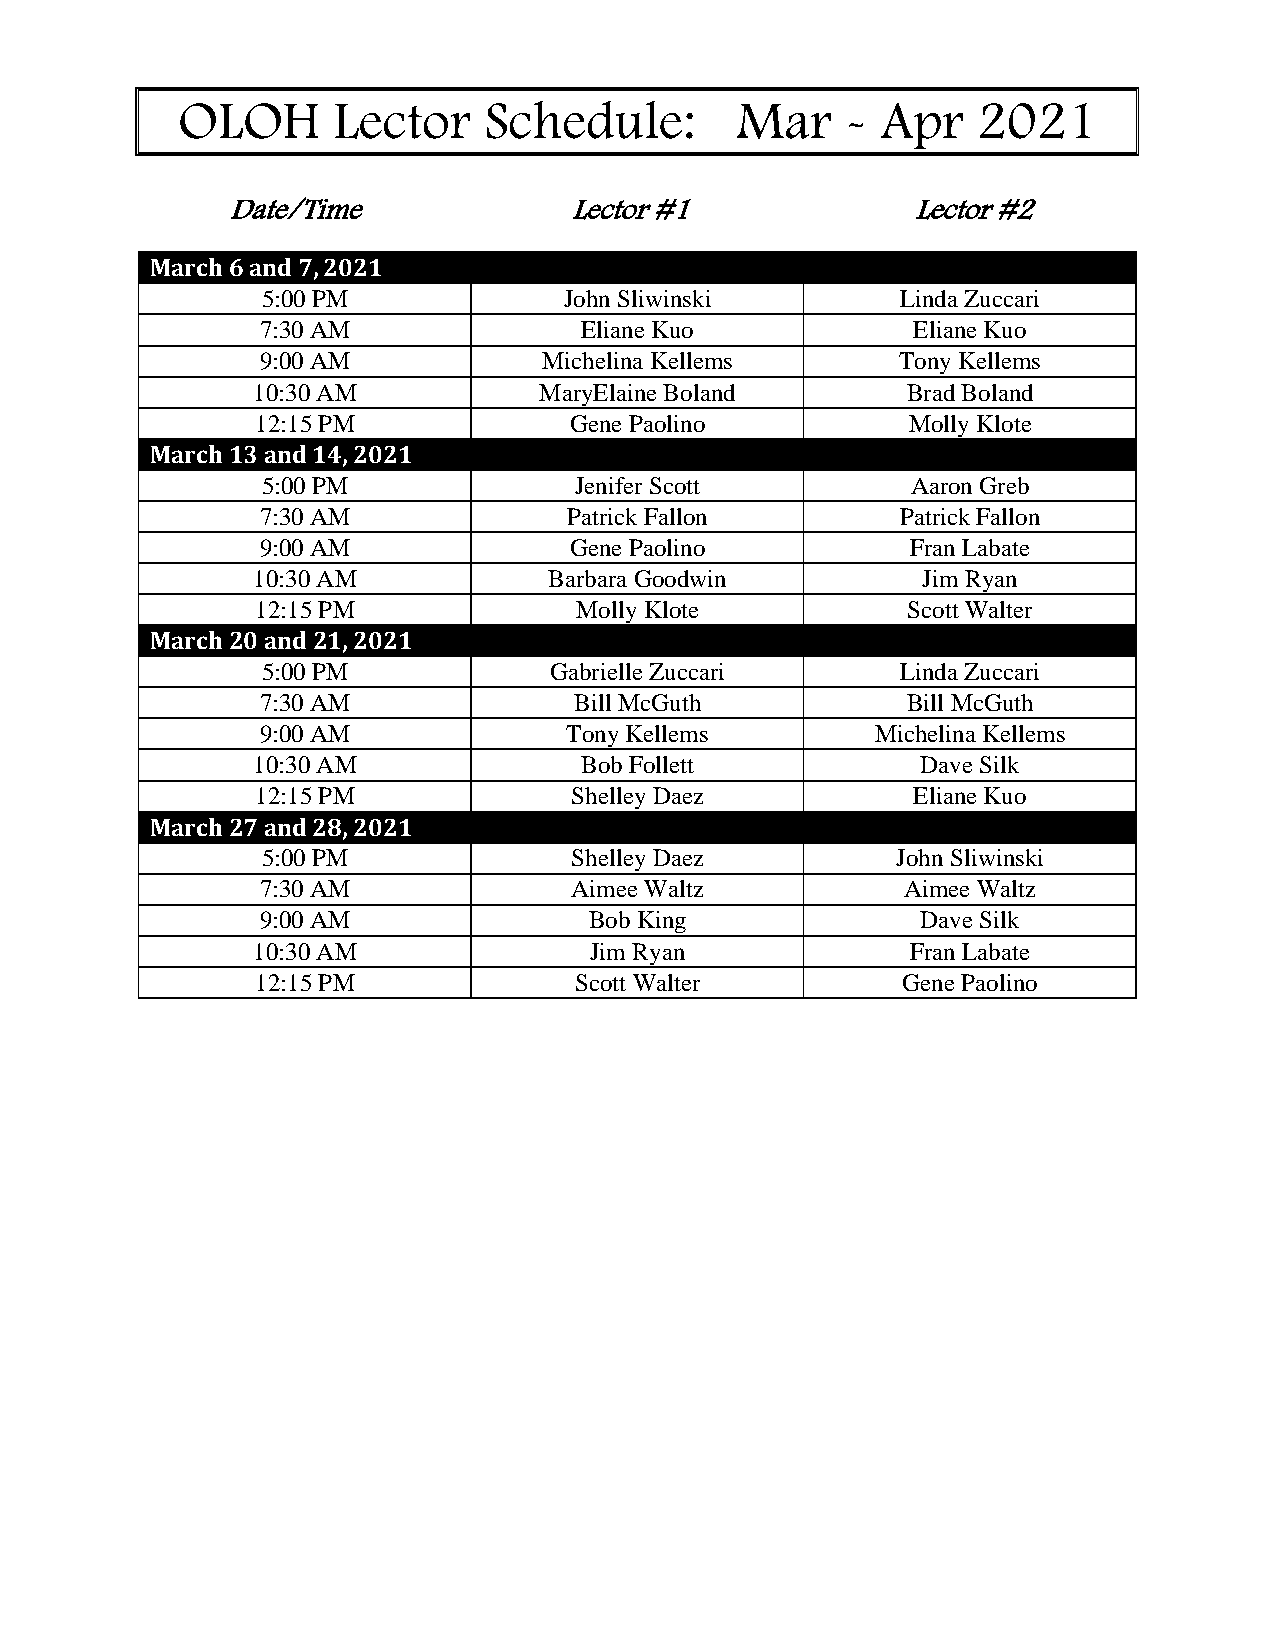
OLOH      Lector    Schedule:        Mar    - Apr    2021
 Date/Time              Lector #1             Lector #2
 March 6 and 7, 2021
 5:00 PM             John Sliwinski         Linda Zuccari
 7:30 AM              Eliane Kuo            Eliane Kuo
 9:00 AM            Michelina Kellems       Tony Kellems
 10:30 AM           MaryElaine Boland       Brad Boland
 12:15 PM             Gene Paolino          Molly Klote
 March 13 and 14, 2021
 5:00 PM              Jenifer Scott         Aaron Greb
 7:30 AM              Patrick Fallon        Patrick Fallon
 9:00 AM              Gene Paolino          Fran Labate
 10:30 AM           Barbara Goodwin          Jim Ryan
 12:15 PM             Molly Klote           Scott Walter
 March 20 and 21, 2021
 5:00 PM            Gabrielle Zuccari       Linda Zuccari
 7:30 AM              Bill McGuth           Bill McGuth
 9:00 AM             Tony Kellems         Michelina Kellems
 10:30 AM             Bob Follett            Dave Silk
 12:15 PM             Shelley Daez          Eliane Kuo
 March 27 and 28, 2021
 5:00 PM              Shelley Daez         John Sliwinski
 7:30 AM              Aimee Waltz           Aimee Waltz
 9:00 AM               Bob King              Dave Silk
 10:30 AM              Jim Ryan             Fran Labate
 12:15 PM             Scott Walter          Gene Paolino